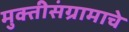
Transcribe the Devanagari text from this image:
मुक्तीसंग्रामाचे